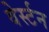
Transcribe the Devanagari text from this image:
वेर्स्‍टन